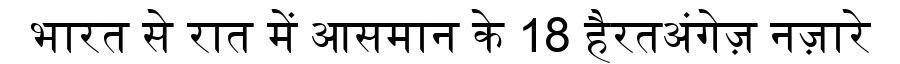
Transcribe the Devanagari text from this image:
भारत से रात में आसमान के 18 हैरतअंगेज़ नज़ारे